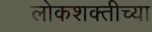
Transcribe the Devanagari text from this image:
लोकशक्तीच्या